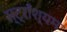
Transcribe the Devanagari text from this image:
स्ट्राँश्यम